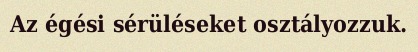
Az égési sérüléseket osztályozzuk.